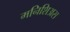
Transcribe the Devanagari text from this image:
मनिशिअस